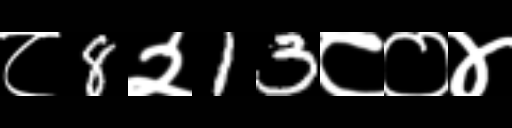
Text: ८8२13८०४